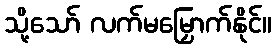
သို့သော် လက်မမြှောက်နိုင်။